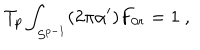
T _ { p } \int _ { S ^ { p - 1 } } ( 2 \pi \alpha ^ { \prime } ) F _ { 0 r } = 1 \ ,